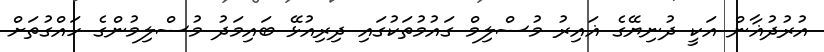
އުރުދުޣާން އަކީ ދުނިޔޭގެ ޣައިރު މުސްލިމް ގައުމުތަކުގައި ދިރިއުޅޭ ބައިމަދު މުސްލިމުންގެ ހައްގުތަށް